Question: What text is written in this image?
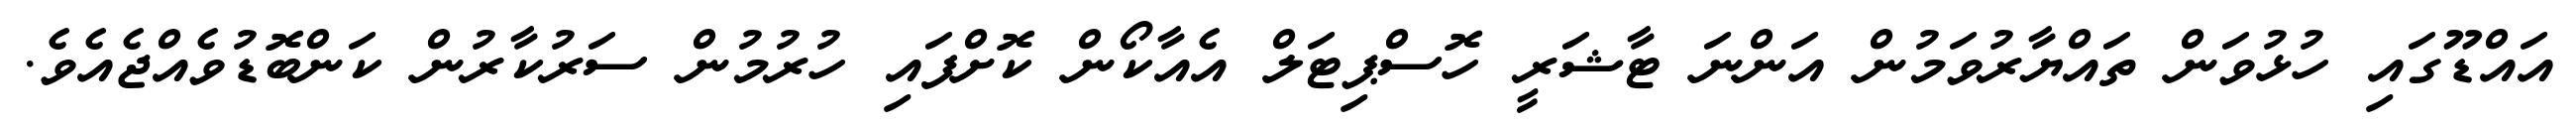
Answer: އައްޑޫގައި ހުޅުވަން ތައްޔާރުވަމުން އަންނަ ޓާޝަރީ ހޮސްޕިޓަލް އެއާކޯން ކޮށްފައި ހުރުމުން ސަރުކާރުން ކަންބޮޑުވެއްޖެއެވެ.